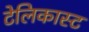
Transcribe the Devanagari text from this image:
टेलिकास्ट